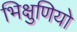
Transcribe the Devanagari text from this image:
भिक्षुणियो